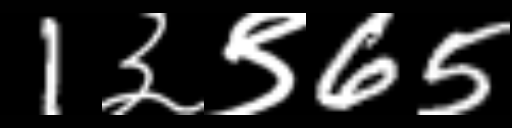
Text: 1३९65